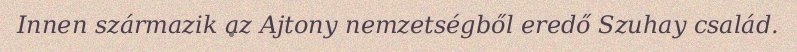
Innen származik az Ajtony nemzetségből eredő Szuhay család.